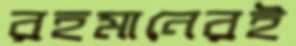
রহমানেরই